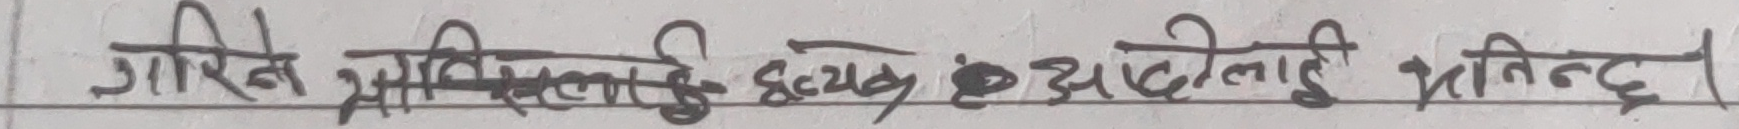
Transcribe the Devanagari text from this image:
गरिबे मानिसलाई हृदय ॐ आँखालाई भाँचिन्छ।